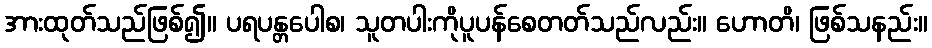
အားထုတ်သည်ဖြစ်၍။ ပရပန္တပေါစ၊ သူတပါးကိုပူပန်စေတတ်သည်လည်း။ ဟောတိ၊ ဖြစ်သနည်း။